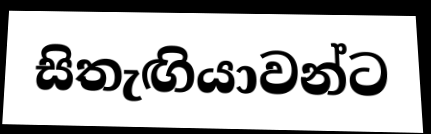
සිතැඟියාවන්ට